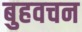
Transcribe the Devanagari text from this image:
बुहवचन